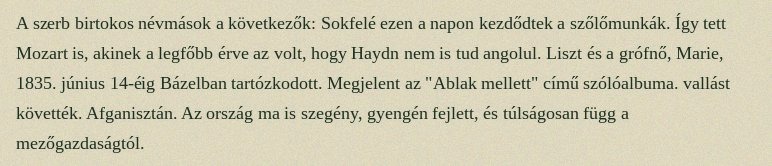
A szerb birtokos névmások a következők: Sokfelé ezen a napon kezdődtek a szőlőmunkák. Így tett Mozart is, akinek a legfőbb érve az volt, hogy Haydn nem is tud angolul. Liszt és a grófnő, Marie, 1835. június 14-éig Bázelban tartózkodott. Megjelent az "Ablak mellett" című szólóalbuma. vallást követték. Afganisztán. Az ország ma is szegény, gyengén fejlett, és túlságosan függ a mezőgazdaságtól.